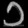
Digit: ၁